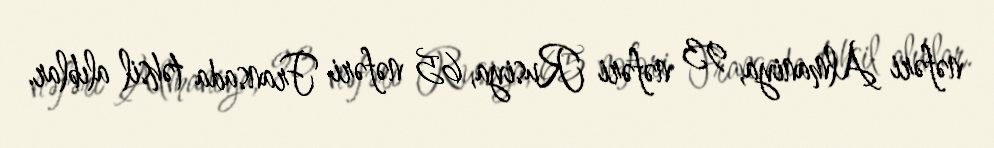
nəfəri Almaniya, 93 nəfəri Rusiya, 65 nəfəri Fransada təhsil alıblar.